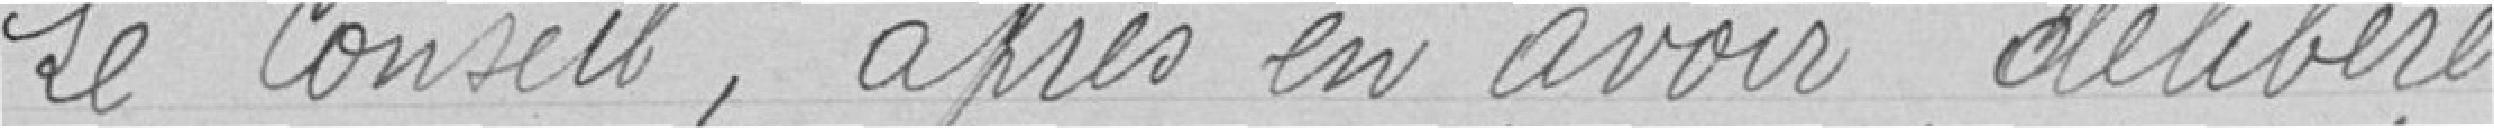
Le Conseil, après en avoir délibéré